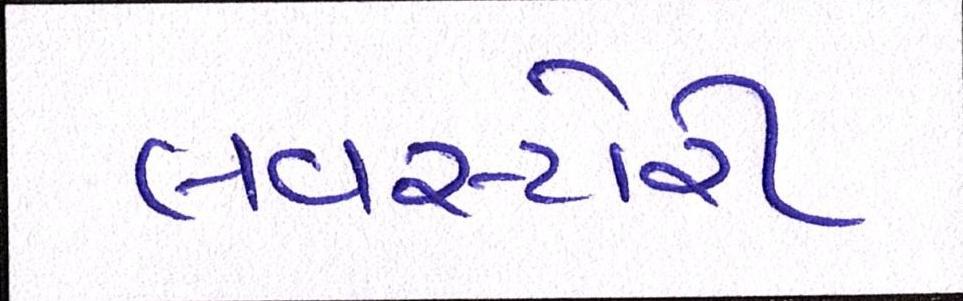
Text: લવસ્ટોરી